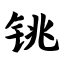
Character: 铫